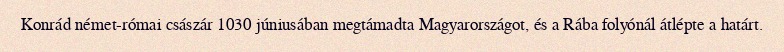
Konrád német-római császár 1030 júniusában megtámadta Magyarországot, és a Rába folyónál átlépte a határt.